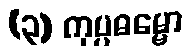
(၃) ကုပ္ပဓမ္မော